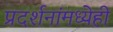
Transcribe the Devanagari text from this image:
प्रदर्शनांमध्येही